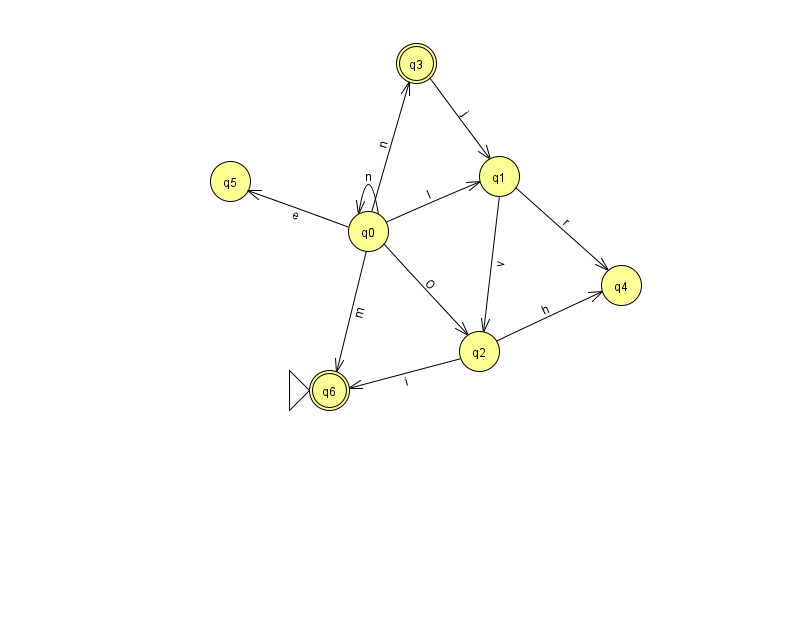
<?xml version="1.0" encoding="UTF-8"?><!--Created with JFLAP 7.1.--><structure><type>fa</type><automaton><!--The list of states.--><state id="0" name="q0"><x>368.0</x><y>218.0</y></state><state id="1" name="q1"><x>499.0</x><y>163.0</y></state><state id="2" name="q2"><x>479.0</x><y>338.0</y></state><state id="3" name="q3"><x>416.0</x><y>50.0</y><final/></state><state id="4" name="q4"><x>621.0</x><y>272.0</y></state><state id="5" name="q5"><x>230.0</x><y>168.0</y></state><state id="6" name="q6"><x>329.0</x><y>377.0</y><initial/><final/></state><!--The list of transitions.--><transition><from>0</from><to>2</to><read>O</read></transition><transition><from>0</from><to>6</to><read>m</read></transition><transition><from>2</from><to>4</to><read>h</read></transition><transition><from>1</from><to>4</to><read>r</read></transition><transition><from>0</from><to>5</to><read>e</read></transition><transition><from>2</from><to>6</to><read>i</read></transition><transition><from>3</from><to>1</to><read>j</read></transition><transition><from>0</from><to>1</to><read>l</read></transition><transition><from>0</from><to>3</to><read>n</read></transition><transition><from>0</from><to>0</to><read>n</read></transition><transition><from>1</from><to>2</to><read>v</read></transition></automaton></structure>